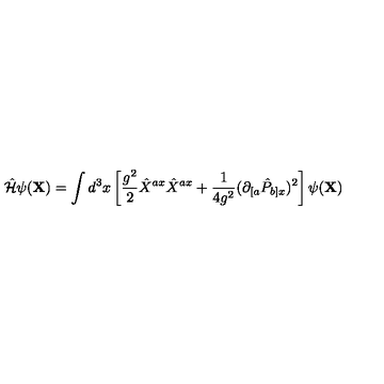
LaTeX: { \hat { \cal H } } \psi ( { \bf X } ) = \int d ^ { 3 } x \left[ \frac { g ^ { 2 } } { 2 } { \hat { X } } ^ { a x } { \hat { X } } ^ { a x } + \frac { 1 } { 4 g ^ { 2 } } ( \partial _ { [ a } { \hat { P } } _ { b ] x } ) ^ { 2 } \right] \psi ( { \bf X } )